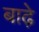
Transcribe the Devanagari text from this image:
बाढ़े